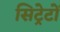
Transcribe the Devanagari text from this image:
सिट्रेटों